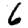
Digit: 6